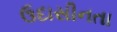
ઉદાસીનતા